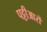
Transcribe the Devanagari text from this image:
पट्टीआरों